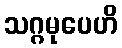
သဂ္ဂမုပေဟိ